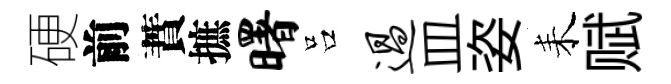
硬前蕡摭曙吕过皿姿耒赋